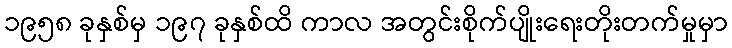
၁၉၅၈ ခုနှစ်မှ ၁၉၇ ခုနှစ်ထိ ကာလ အတွင်းစိုက်ပျိုးရေးတိုးတက်မှုမှာ